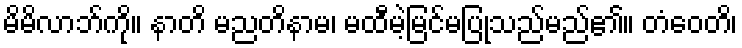
မိမိလာဘ်ကို။ နာတိ မညတိနာမ၊ မထီမဲ့မြင်မပြုသည်မည်၏။ တံဝေတိ၊